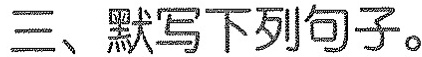
三、默写下列句子。